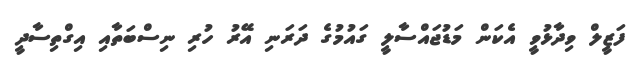
ފަޒީލް ވިދާޅުވީ އެކަން މަޑުޖައްސާލީ ގައުމުގެ ދަރަނި އޭރު ހުރި ނިސްބަތާއި އިގްތިސާދީ